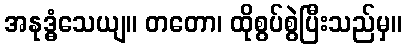
အနုဒ္ဓံသေယျ။ တတော၊ ထိုစွပ်စွဲပြီးသည်မှ။